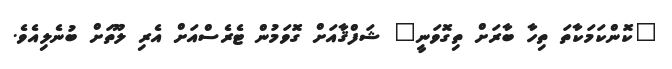
"ކޮންކަމަކާތަ ތިހާ ބާރަށް ތިގޮވަނީ" ޝަފްޤާއަށް ގޮވަމުން ޓެރެސްއަށް އެރި ލޫތަށް ބުނެލިއެވެ.